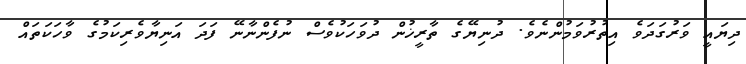
ދިޔައީ ވަރުގަދަވެ އިތުރުވަމުންނެވެ. ދުނިޔޭގެ ތާރީޚުން ދުވަހަކުވެސް ނުފެންނާނޭ ފަދަ އަނިޔާވެރިކަމުގެ ވާހަކަތައް